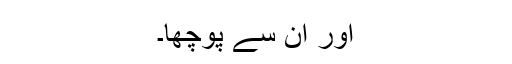
اور ان سے پوچھا۔